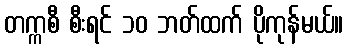
တက္ကစီ စီးရင် ၁၀ ဘတ်ထက် ပိုကုန်မယ်။